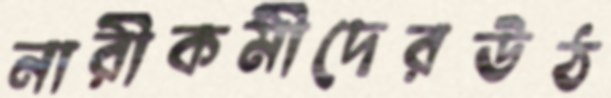
নারীকর্মীদেরউঠ